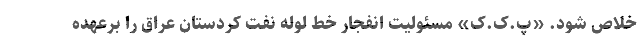
خلاص شود. «پ.ک.ک» مسئولیت انفجار خط لوله نفت کردستان عراق را برعهده